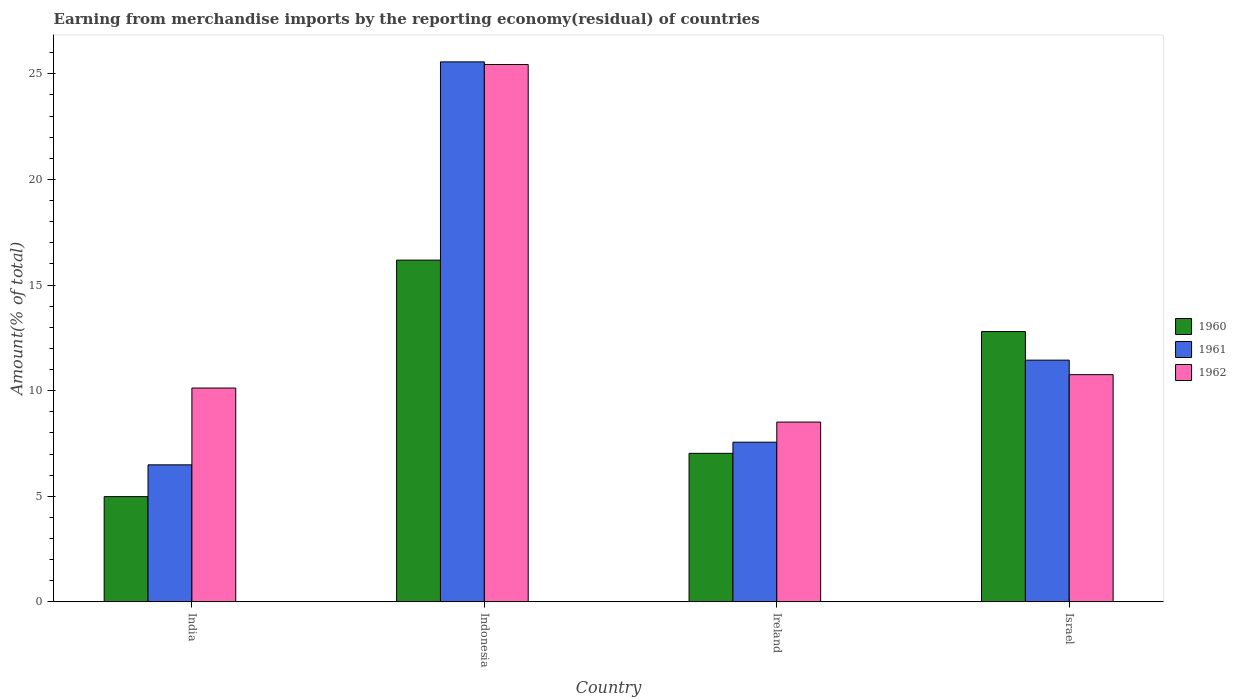
| Country | 1960 | 1961 | 1962 |
 | --- | --- | --- | --- |
 | India | 4.98 | 6.49 | 10.1 |
 | Indonesia | 16.2 | 25.6 | 25.4 |
 | Ireland | 7.03 | 7.56 | 8.51 |
 | Israel | 12.8 | 11.4 | 10.8 |